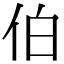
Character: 伯